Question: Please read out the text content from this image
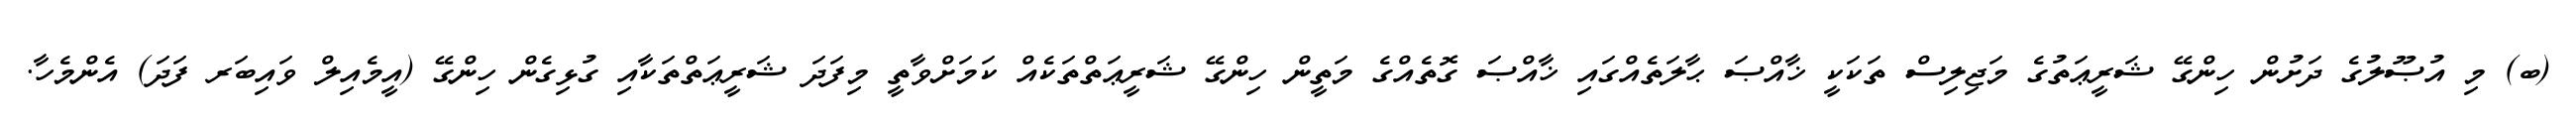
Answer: (ބ) މި އުޞޫލުގެ ދަށުން ހިންގޭ ޝަރީޢަތުގެ މަޖިލިސް ތަކަކީ ޚާއްޞަ ޙާލަތެއްގައި ޚާއްޞަ ގޮތެއްގެ މަތީން ހިންގޭ ޝަރީޢަތްތަކެއް ކަމަށްވާތީ މިފަދަ ޝަރީޢަތްތަކާއި ގުޅިގެން ހިންގޭ (އީމެއިލް ވައިބަރ ފަދަ) އެންމެހާ.